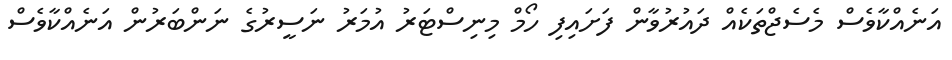
އަނެއްކާވެސް މެސެޖްތަކެއް ދައުރުވާން ފަށައިފި ހޯމް މިނިސްޓަރު އުމަރު ނަސީރުގެ ނަންބަރުން އަނެއްކާވެސް